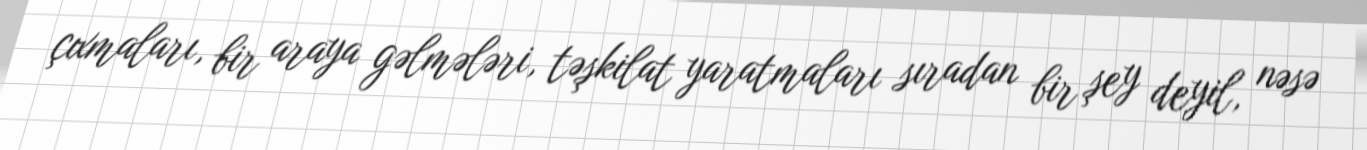
çıxmaları, bir araya gəlmələri, təşkilat yaratmaları sıradan bir şey deyil, nəsə